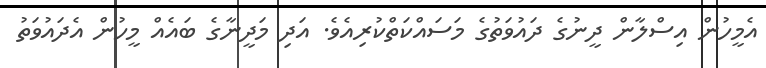
އެމީހުން އިސްލާން ދީނުގެ ދައުވަތުގެ މަސައްކަތްކުރިއެވެ. އަދި މަދީނާގެ ބައެއް މީހުން އެދައުވަތު